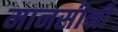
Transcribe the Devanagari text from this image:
मानसीनी